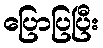
ပြောပြပြီး